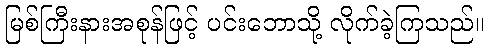
မြစ်ကြီးနားအစုန်ဖြင့် ပင်းဘောသို့ လိုက်ခဲ့ကြသည်။